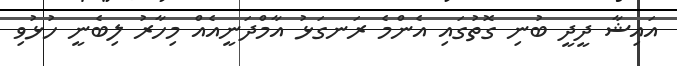
އައިޝާ ދީދީ ބުނި ގޮތުގައި އެންމެ ރަނގަޅު އާމްދަނީއެއް މިހާރު ލިބެނީ ހުޅުވި